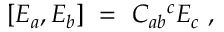
[ E _ { a } , E _ { b } ] \ = \ C _ { a b } { } ^ { c } E _ { c } ~ ,